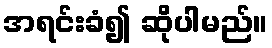
အရင်းခံ၍ ဆိုပါမည်။